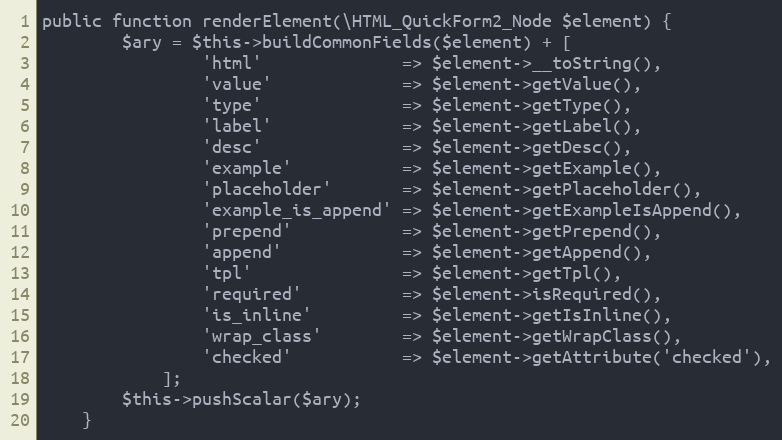
Language: PHP
public function renderElement(\HTML_QuickForm2_Node $element) {
        $ary = $this->buildCommonFields($element) + [
                'html'              => $element->__toString(),
                'value'             => $element->getValue(),
                'type'              => $element->getType(),
                'label'             => $element->getLabel(),
                'desc'              => $element->getDesc(),
                'example'           => $element->getExample(),
                'placeholder'       => $element->getPlaceholder(),
                'example_is_append' => $element->getExampleIsAppend(),
                'prepend'           => $element->getPrepend(),
                'append'            => $element->getAppend(),
                'tpl'               => $element->getTpl(),
                'required'          => $element->isRequired(),
                'is_inline'         => $element->getIsInline(),
                'wrap_class'        => $element->getWrapClass(),
                'checked'           => $element->getAttribute('checked'),
            ];
        $this->pushScalar($ary);
    }